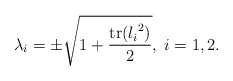
\begin{align*}\lambda_{i} = \pm \sqrt{\displaystyle 1+\frac{\operatorname{tr}({l_{i}}^2)}{2}}, \; i=1,2.\end{align*}